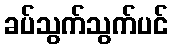
ခပ်သွက်သွက်ပင်